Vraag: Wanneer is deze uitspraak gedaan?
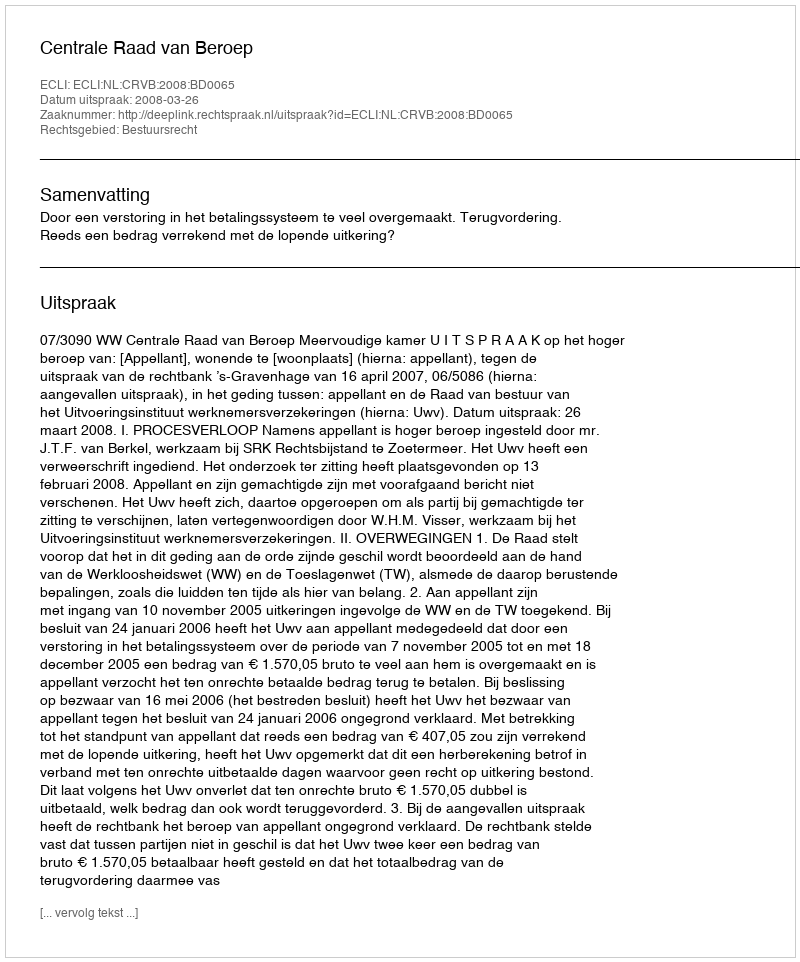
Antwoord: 2008-03-26